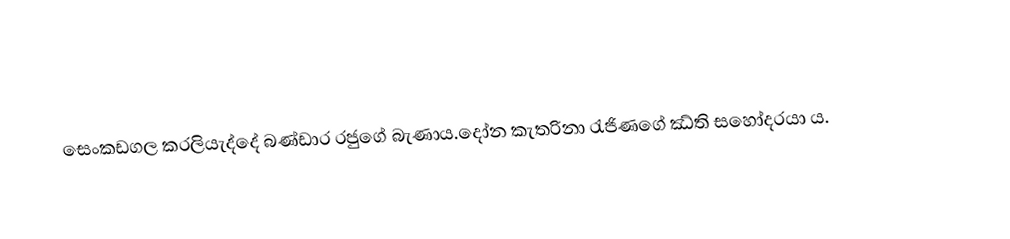
සෙංකඩගල කරලියැද්දේ  බණ්ඩාර රජුගේ බැණාය.දෝන කැතරිනා  රැජිණගේ ඣ්ති සහෝදරයා ය.